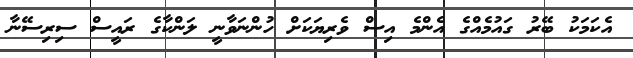
އެކަމަކު ބޭރު ގައުމެއްގެ އެންމެ އިސް ވެރިޔަކަށް ހުންނަވާނީ ލަންކާގެ ރައީސް ސިރިސޭނާ